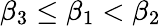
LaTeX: \beta_{3}\le\beta_{1}<\beta_{2}